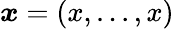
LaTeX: {\boldsymbol x}=(x,...,x)